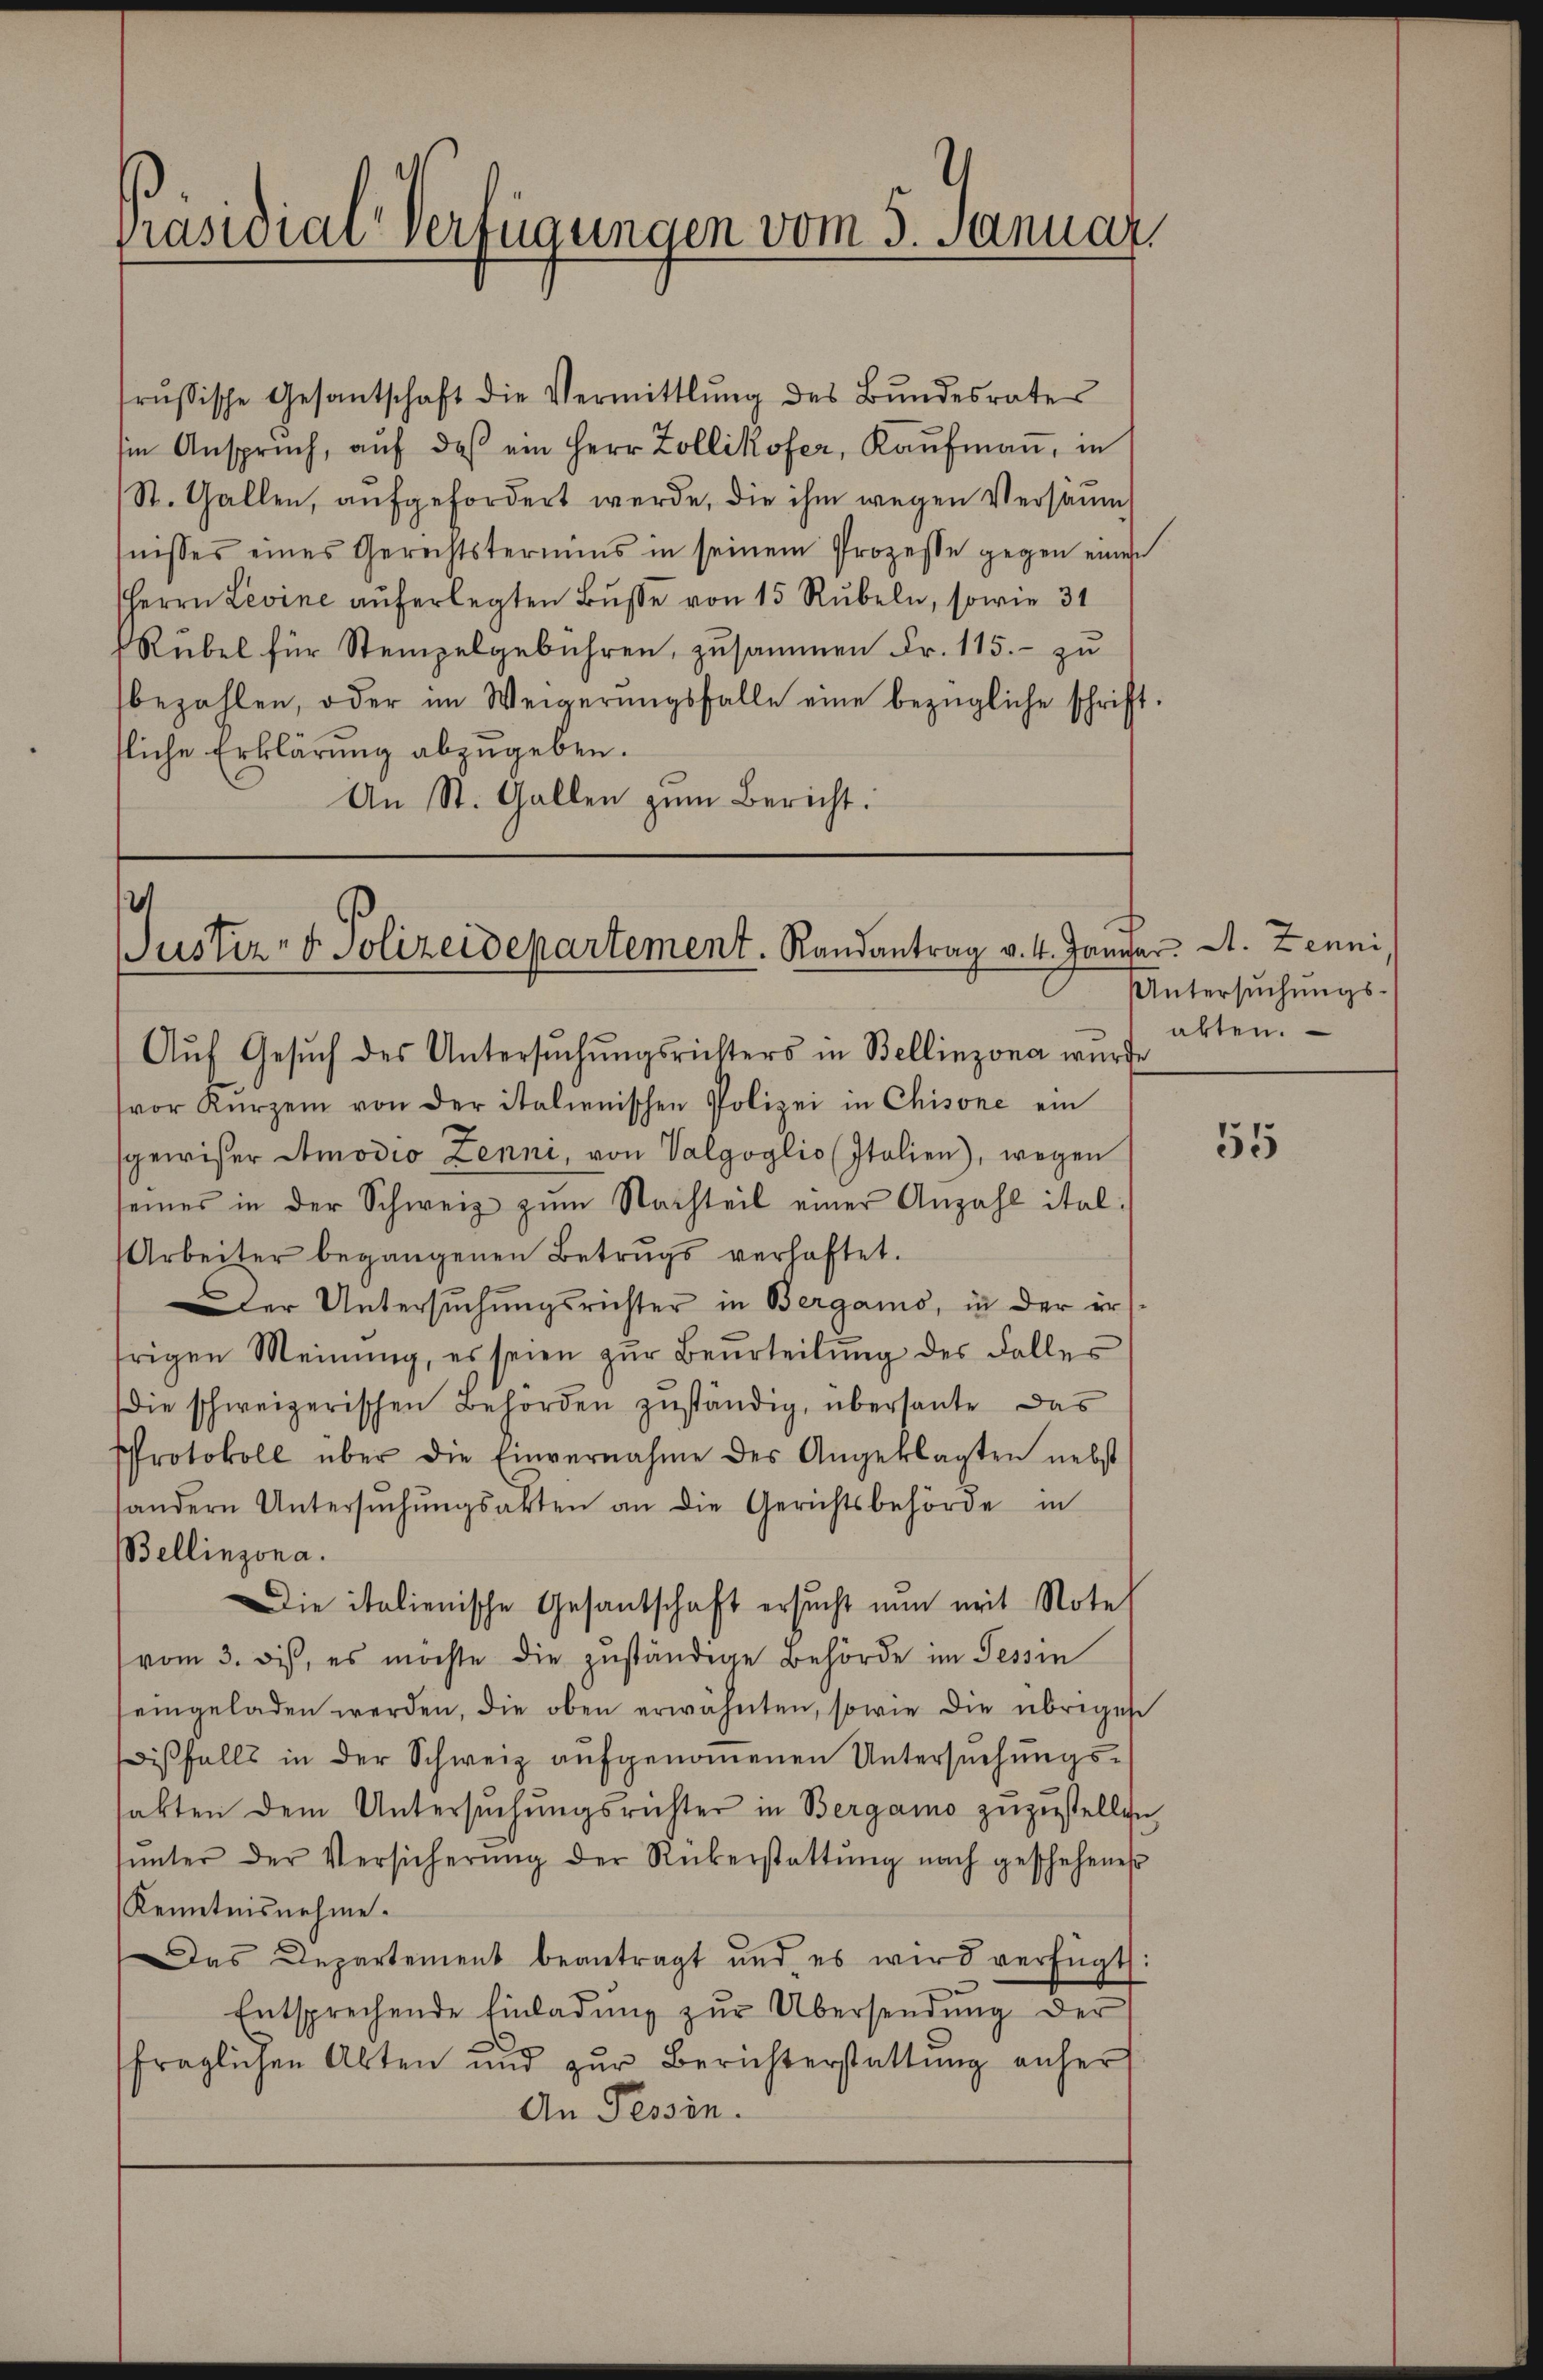
Präsidial-Verfügungen vom 3. Januar

rŭssische Gesantschaft die Vermittlung des Bŭndesrates
sin Anspruch, aŭf des ein Herr Zollikofer, Kaŭfmaṅ, in
St. Gallen, aufgefordert werde, die ihm wegen Versäumt
tnisses eines Gerechtstermins in seinem Prozesse gegen einen
Herrn Levine aŭferlegten Bŭβe von 15 Rubeln, sowie 31
Rübel für Stempelgebühren, zusammen Fr. 115. - zu
bezahlen, oder im Weigerŭngsfalle eine bezügliche schrift.
fliche Erklärung abzugeben.
An St. Gallen zum Bericht:

Justiz- & Polizeidepartement. Randantrag v. 4. Januar. A. Zenni

Aŭf Gesŭch des Untersŭchŭngsrichters in Bellinzona wurde
vor Kurzem von der italienischen Polizei in Chisone ein
sgewiser Atmodio Zenni, von Valgoglio Italien), wegen
seines in der Schweiz zŭm Nachteil einer Anzahl ital:
Arbeiter begangenen Betrugs verhaftet.
der Untersuchungsrichter in Bergams, in der ers
frigen Meinŭng, es seien zŭr Beurteilŭng des Falles
die schweizerischen Behörden zuständig, übersante das
PProtokoll über die Einvernahme des Angeklagten nebst
sändern Untersŭchŭngsakten an die Gerichtsbehörde in
Bellinzona.
Die italienische Gesantschaft ersucht nun mit Note
vom 3. des, es möchte die zŭständige Behörde im Tessin
eingeladen werden, die oben erwähnten, sowie die übriges
iβfalls in der Schweiz aŭfgenoṁenen Untersŭchŭngs-
sakten dem Untersŭchŭngsrichter in Bergamo zuzustellen,
hunter der Versicherŭng der Rükerstattŭng nach geschehenes
Kenntnisnehme.
Das Departement beantragt und es wird verfügt:
Entsprechende Einladŭng zŭr Übersendŭng der
fraglichen Akten und zŭr Berichterstattung anher
An Tessin.

Untersŭchŭngs-
abten.

55